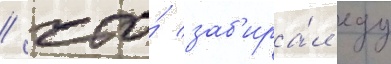
/ что́ заб'ира́л еду